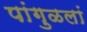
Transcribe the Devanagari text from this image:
पांगुळलां